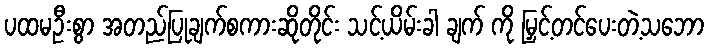
ပထမဦးစွာ အတည်ပြုချက်စကားဆိုတိုင်း သင့်ယိမ်းခါ ချက် ကို မြှင့်တင်ပေးတဲ့သဘော